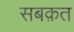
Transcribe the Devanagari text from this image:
सबक़त